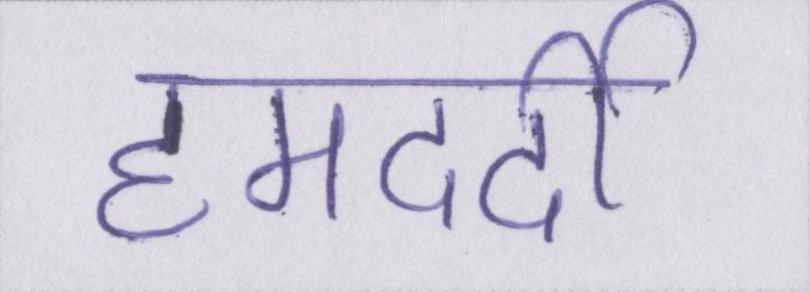
हमदर्दी